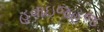
હવાઇજહજ